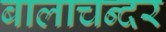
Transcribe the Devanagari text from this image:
बालाचन्दर